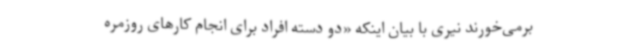
برمی‌خورند نیری با بیان اینکه «دو دسته افراد برای انجام کارهای روزمره